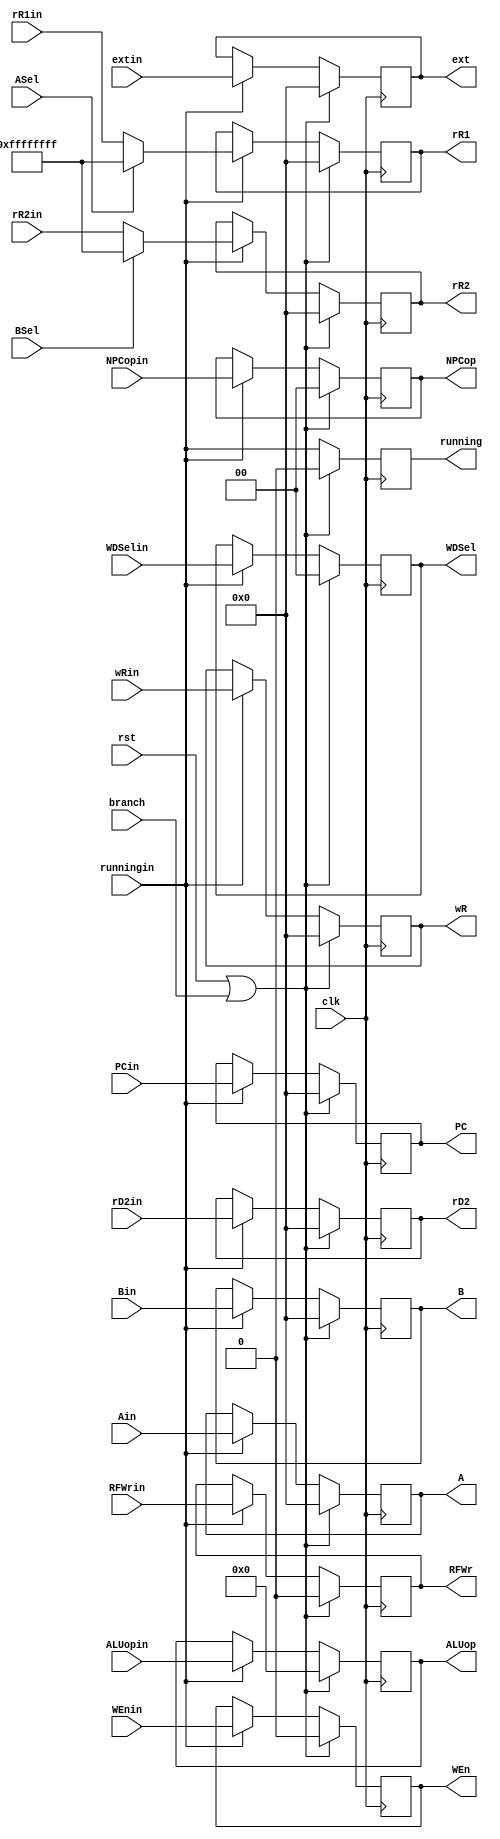
module ID_EX (
    input wire clk,
    input wire rst,
    input wire branch,

    input wire runningin,
    input wire [2:1] NPCopin,
    input wire WEnin,
    input wire [3:0] ALUopin,
    input wire RFWrin,
    input wire [1:0] WDSelin,
    input wire [31:0] PCin,
    input wire [31:0] Ain,
    input wire ASel,
    input wire [31:0] rR1in,
    input wire [31:0] rD2in,
    input wire [31:0] Bin,
    input wire BSel,
    input wire [31:0] rR2in,
    input wire [31:0] wRin,
    input wire [31:0] extin,

    output reg running,
    output reg [2:1] NPCop,
    output reg WEn,
    output reg [3:0] ALUop,
    output reg RFWr,
    output reg [1:0] WDSel,
    output reg [31:0] PC,
    output reg [31:0] A,
    output reg [31:0] rR1,
    output reg [31:0] rD2,
    output reg [31:0] B,
    output reg [31:0] rR2,
    output reg [31:0] wR,
    output reg [31:0] ext
);
    always @(posedge clk) begin
        if (rst||branch) begin
            running<=0;
            NPCop<=0;
            WEn<=0;
            ALUop<=0;
            RFWr<=0;
            WDSel<=0;
            PC<=0;
            A<=0;
            rR1<=0;
            rD2<=0;
            B<=0;
            rR2<=0;
            wR<=0;
            ext<=0;
        end else begin
            if (runningin) begin
                NPCop<=NPCopin;
                WEn<=WEnin;
                ALUop<=ALUopin;
                RFWr<=RFWrin;
                WDSel<=WDSelin;
                PC<=PCin;
                A<=Ain;
                case (ASel)
                    0: rR1<=rR1in;
                    default: rR1<=-1;
                endcase
                
                rD2<=rD2in;
                B<=Bin;
                case (BSel)
                    0: rR2<=rR2in;
                    default: rR2<=-1;
                endcase
                
                wR<=wRin;
                ext<=extin;
            end
            running<=runningin;
        end
        
    end
    
endmodule